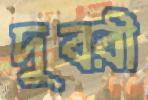
দুবরী